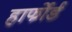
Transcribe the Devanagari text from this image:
हार्फोर्ड